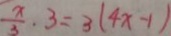
\frac { x } { 3 } \cdot 3 = 3 ( 4 x - 1 )